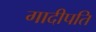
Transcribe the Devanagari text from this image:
गादीपति